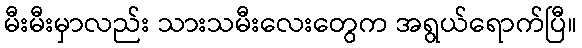
မီးမီးမှာလည်း သားသမီးလေးတွေက အရွယ်ရောက်ပြီ။